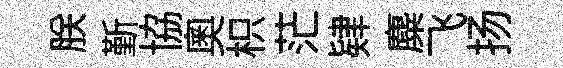
朕斳協奧枳茫肄麋飞扬